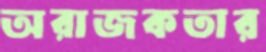
অরাজকতার